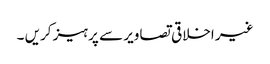
غیر اخلاقی تصاویر سے پرہیز کریں ۔